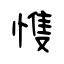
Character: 愯